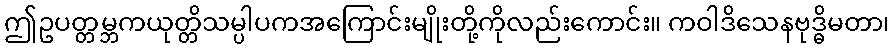
ဤဥပတ္တမ္ဘကယုတ္တိသမ္ပါပကအကြောင်းမျိုးတို့ကိုလည်းကောင်း။ ကဝါဒိသေနဗုဒ္ဓိမတာ၊